Problem: 9 × 3 = ?
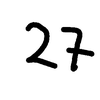
Handwritten answer: 27